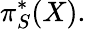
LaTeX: \pi_{S}^{*}(X).